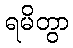
ရမိတွာ